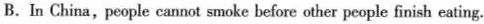
B.In China, people cannot smoke before other people finish eating.